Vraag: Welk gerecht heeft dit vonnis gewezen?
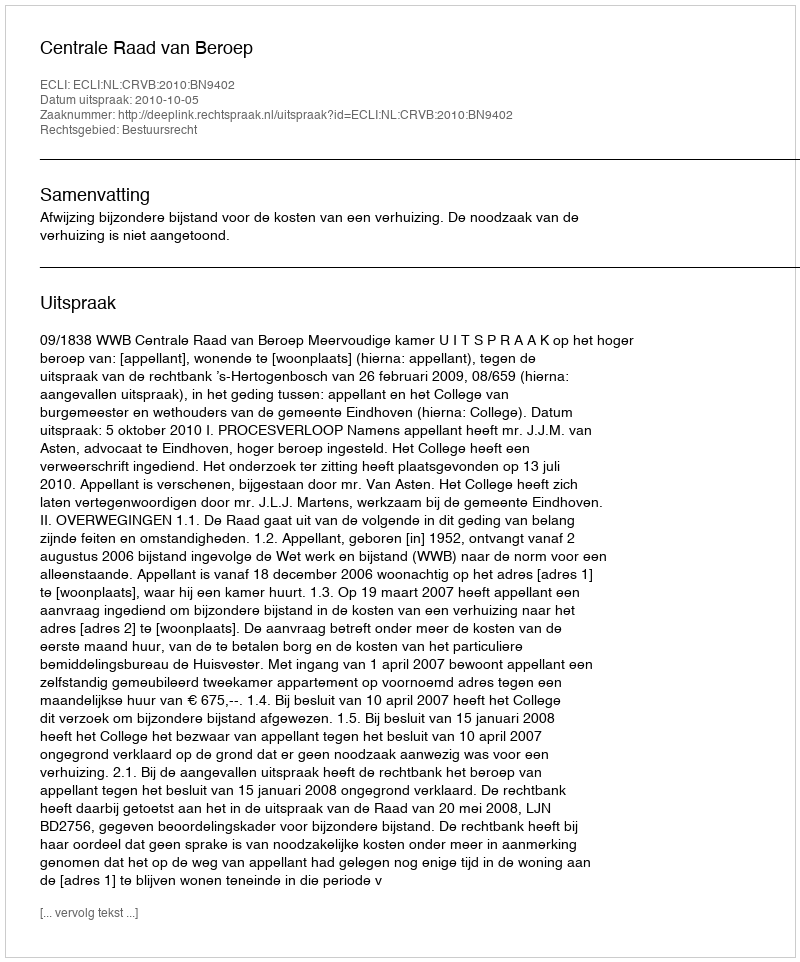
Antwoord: Centrale Raad van Beroep